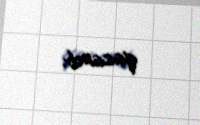
qazanıb.